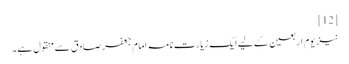
[12]
نیز یوم اربعین کے لیے ایک زیارت نامہ امام جعفر صادق سے منقول ہے۔